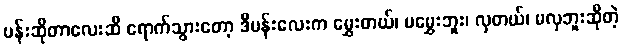
ပန်းဆိုတာလေးဆီ ရောက်သွားတော့ ဒီပန်းလေးက မွှေးတယ်၊ မမွှေးဘူး၊ လှတယ်၊ မလှဘူးဆိုတဲ့